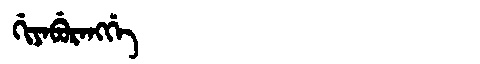
Manchu: ᡤᡳᠶᠠᠪᡠᡵᠠᠩᡤᡝ
Romanization: GIYABURANGGE